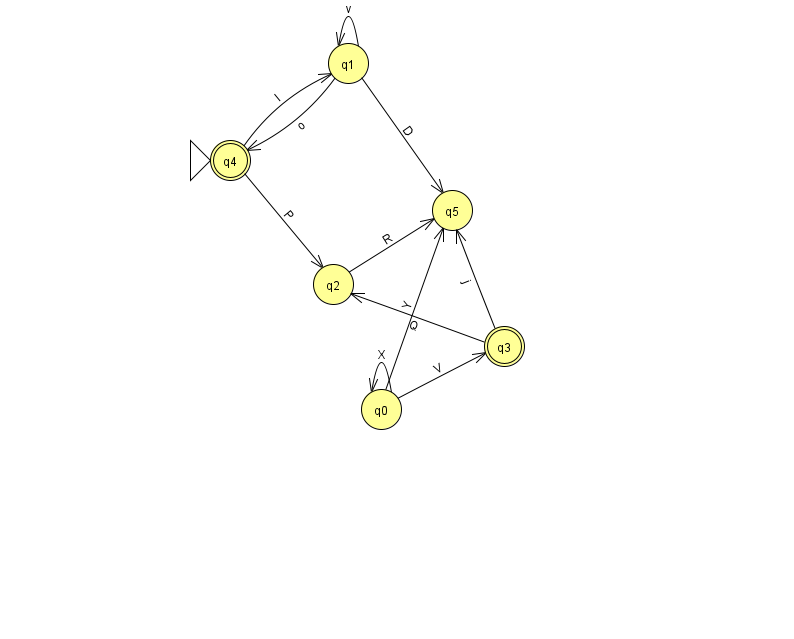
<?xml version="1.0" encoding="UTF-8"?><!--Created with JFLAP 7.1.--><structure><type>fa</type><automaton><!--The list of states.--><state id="0" name="q0"><x>381.0</x><y>396.0</y></state><state id="1" name="q1"><x>348.0</x><y>50.0</y></state><state id="2" name="q2"><x>333.0</x><y>271.0</y></state><state id="3" name="q3"><x>504.0</x><y>333.0</y><final/></state><state id="4" name="q4"><x>230.0</x><y>147.0</y><initial/><final/></state><state id="5" name="q5"><x>452.0</x><y>197.0</y></state><!--The list of transitions.--><transition><from>3</from><to>2</to><read>Q</read></transition><transition><from>3</from><to>5</to><read>j</read></transition><transition><from>4</from><to>2</to><read>P</read></transition><transition><from>1</from><to>1</to><read>v</read></transition><transition><from>0</from><to>0</to><read>X</read></transition><transition><from>0</from><to>5</to><read>Y</read></transition><transition><from>1</from><to>4</to><read>o</read></transition><transition><from>2</from><to>5</to><read>R</read></transition><transition><from>4</from><to>1</to><read>l</read></transition><transition><from>0</from><to>3</to><read>V</read></transition><transition><from>1</from><to>5</to><read>D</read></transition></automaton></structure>